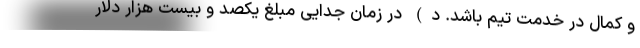
و کمال در خدمت تیم باشد. د) در زمان جدایی مبلغ یکصد و بیست هزار دلار